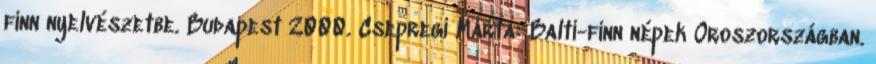
finn nyelvészetbe. Budapest 2000. Csepregi Márta: Balti-finn népek Oroszországban.